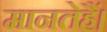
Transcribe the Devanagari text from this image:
मानतेहैं।